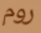
روم